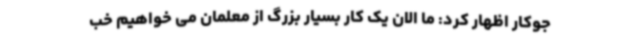
جوکار اظهار کرد: ما الان یک کار بسیار بزرگ از معلمان می خواهیم خب